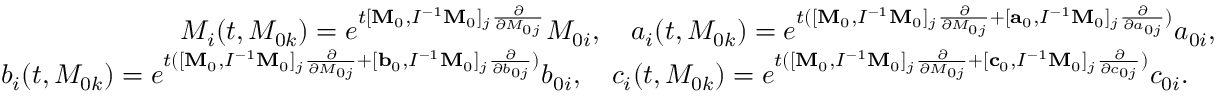
\begin{array} { r } { M _ { i } ( t , M _ { 0 k } ) = e ^ { t [ { \bf M } _ { 0 } , I ^ { - 1 } { \bf M } _ { 0 } ] _ { j } \frac { \partial } { \partial M _ { 0 j } } } M _ { 0 i } , \quad a _ { i } ( t , M _ { 0 k } ) = e ^ { t ( [ { \bf M } _ { 0 } , I ^ { - 1 } { \bf M } _ { 0 } ] _ { j } \frac { \partial } { \partial M _ { 0 j } } + [ { \bf a } _ { 0 } , I ^ { - 1 } { \bf M } _ { 0 } ] _ { j } \frac { \partial } { \partial a _ { 0 j } } ) } a _ { 0 i } , } \\ { b _ { i } ( t , M _ { 0 k } ) = e ^ { t ( [ { \bf M } _ { 0 } , I ^ { - 1 } { \bf M } _ { 0 } ] _ { j } \frac { \partial } { \partial M _ { 0 j } } + [ { \bf b } _ { 0 } , I ^ { - 1 } { \bf M } _ { 0 } ] _ { j } \frac { \partial } { \partial b _ { 0 j } } ) } b _ { 0 i } , \quad c _ { i } ( t , M _ { 0 k } ) = e ^ { t ( [ { \bf M } _ { 0 } , I ^ { - 1 } { \bf M } _ { 0 } ] _ { j } \frac { \partial } { \partial M _ { 0 j } } + [ { \bf c } _ { 0 } , I ^ { - 1 } { \bf M } _ { 0 } ] _ { j } \frac { \partial } { \partial c _ { 0 j } } ) } c _ { 0 i } . \quad } \end{array}